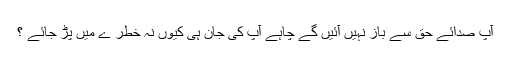
آپ صدائے حق سے باز نہیں آئیں گے چاہے آپ کی جان ہی کیوں نہ خطر ے میں پڑ جائے ؟